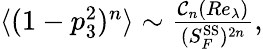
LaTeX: \begin{array}{r}{\langle(1-p_{3}^{2})^{n}\rangle\sim\frac{\mathcal{C}_{n}(Re_{\lambda})}{(S_{F}^{\textrm{SS}})^{2n}},}\end{array}